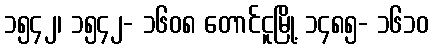
၁၅၄၂၊ ၁၅၄၂- ၁၆၀၈ တောင်ငူမြို့ ၁၄၈၅- ၁၆၁၀